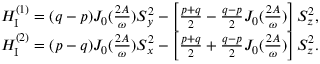
\begin{array} { r l } & { H _ { \mathrm { I } } ^ { ( 1 ) } = ( q - p ) J _ { 0 } ( \frac { 2 A } { \omega } ) S _ { y } ^ { 2 } - \left[ \frac { p + q } { 2 } - \frac { q - p } { 2 } J _ { 0 } ( \frac { 2 A } { \omega } ) \right] S _ { z } ^ { 2 } , } \\ & { H _ { \mathrm { I } } ^ { ( 2 ) } = ( p - q ) J _ { 0 } ( \frac { 2 A } { \omega } ) S _ { x } ^ { 2 } - \left[ \frac { p + q } { 2 } + \frac { q - p } { 2 } J _ { 0 } ( \frac { 2 A } { \omega } ) \right] S _ { z } ^ { 2 } . } \end{array}